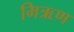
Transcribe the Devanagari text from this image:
मिऋण